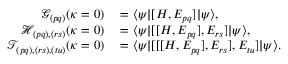
\begin{array} { r l } { \mathcal { G } _ { ( p q ) } ( \kappa = 0 ) } & { { } = \ensuremath { \langle { \psi } \rvert } [ H , E _ { p q } ] \ensuremath { \lvert { \psi } \rangle } , } \\ { \mathcal { H } _ { ( p q ) , ( r s ) } ( \kappa = 0 ) } & { { } = \ensuremath { \langle { \psi } \rvert } [ [ H , E _ { p q } ] , E _ { r s } ] \ensuremath { \lvert { \psi } \rangle } , } \\ { \mathcal { T } _ { ( p q ) , ( r s ) , ( t u ) } ( \kappa = 0 ) } & { { } = \ensuremath { \langle { \psi } \rvert } [ [ [ H , E _ { p q } ] , E _ { r s } ] , E _ { t u } ] \ensuremath { \lvert { \psi } \rangle } . } \end{array}